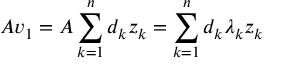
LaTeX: A v _ { 1 } = A \sum _ { k = 1 } ^ { n } d _ { k } z _ { k } = \sum _ { k = 1 } ^ { n } d _ { k } \lambda _ { k } z _ { k }